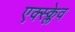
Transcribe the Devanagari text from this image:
एक्स्क्लेव